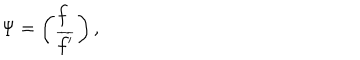
LaTeX: \Psi = \left( \begin{array} { l } { { f } } \\ { { \overline { { { f ^ { \prime } } } } } } \\ \end{array} \right) ,